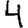
Digit: 4